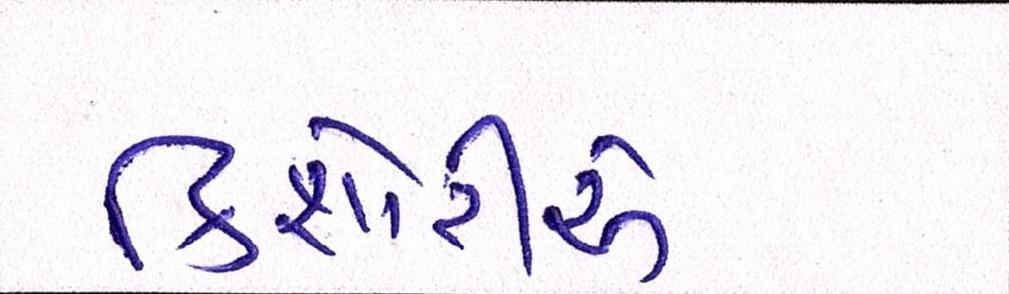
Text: કિશોરીએ